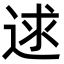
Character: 逑